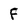
Character: F